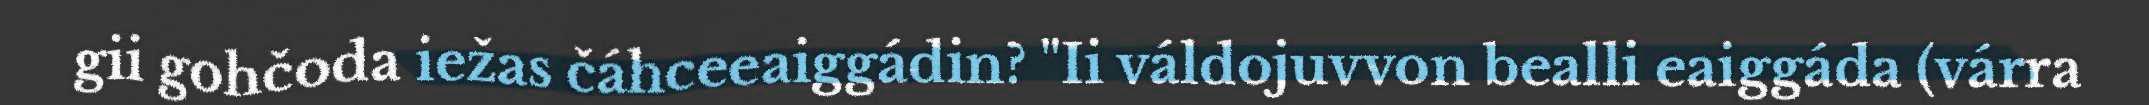
gii gohčoda iežas čáhceeaiggádin? "Ii váldojuvvon bealli eaiggáda (várra